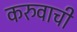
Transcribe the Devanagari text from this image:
करुवाची